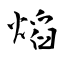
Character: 熖